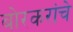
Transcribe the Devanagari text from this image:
बोरकरांचे